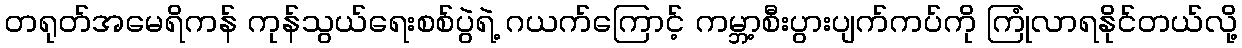
တရုတ်အမေရိကန် ကုန်သွယ်ရေးစစ်ပွဲရဲ့ ဂယက်ကြောင့် ကမ္ဘာ့စီးပွားပျက်ကပ်ကို ကြုံလာရနိုင်တယ်လို့